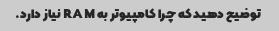
توضیح دهید که چرا کامپیوتر به RAM نیاز دارد.